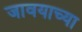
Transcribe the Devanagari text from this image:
जावयाच्या